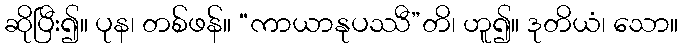
ဆိုပြီး၍။ ပုန၊ တစ်ဖန်။ “ကာယာနုပဿီ”တိ၊ ဟူ၍။ ဒုတိယံ၊ သော။